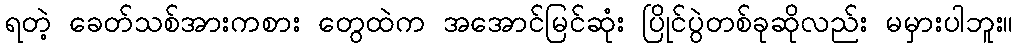
ရတဲ့ ခေတ်သစ်အားကစား တွေထဲက အအောင်မြင်ဆုံး ပြိုင်ပွဲတစ်ခုဆိုလည်း မမှားပါဘူး။